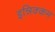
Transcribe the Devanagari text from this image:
इन्निक्कम